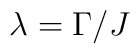
\lambda = \Gamma /J